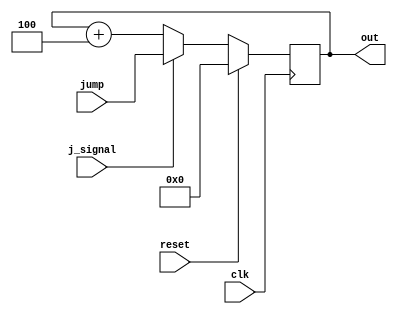
module PC(
   input clk,
   input reset,
   input j_signal,
   input [31:0] jump,
	
	output[31:0] out
);
   reg [31:0] next_pc = 32'd0;
   
   always @ (posedge clk) begin
		if(reset)
			next_pc = 32'b0;
		else if(j_signal) begin
			next_pc = jump;
		end
		else begin
			next_pc = next_pc + 32'd4;
		end
   end
	
	assign out = next_pc;
endmodule